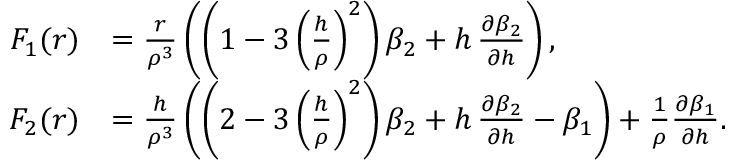
\begin{array} { r l } { F _ { 1 } ( r ) } & { = \frac { r } { \rho ^ { 3 } } \left( \left( 1 - 3 \left( \frac { h } { \rho } \right) ^ { 2 } \right) \beta _ { 2 } + h \, \frac { \partial \beta _ { 2 } } { \partial h } \right) , } \\ { F _ { 2 } ( r ) } & { = \frac { h } { \rho ^ { 3 } } \left( \left( 2 - 3 \left( \frac { h } { \rho } \right) ^ { 2 } \right) \beta _ { 2 } + h \, \frac { \partial \beta _ { 2 } } { \partial h } - \beta _ { 1 } \right) + \frac { 1 } { \rho } \frac { \partial \beta _ { 1 } } { \partial h } . } \end{array}